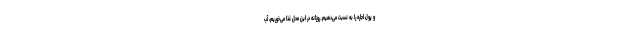
و پول اجاره را به نسبت می‌دهیم. روزانه در این محل غذا می‌خوریم، آب